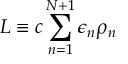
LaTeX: \! \! \! \! \! L \equiv c \sum _ { n = 1 } ^ { N + 1 } \epsilon _ { n } \rho _ { n }